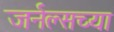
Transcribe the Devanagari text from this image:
जर्नल्सच्या